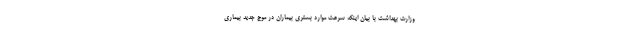
وزارت بهداشت با بیان اینکه سرعت موارد بستری بیماران در موج جدید بیماری